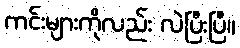
ကင်းများကိုလည်း လဲပြီးပြီ။